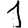
Digit: 1